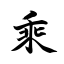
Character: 乘